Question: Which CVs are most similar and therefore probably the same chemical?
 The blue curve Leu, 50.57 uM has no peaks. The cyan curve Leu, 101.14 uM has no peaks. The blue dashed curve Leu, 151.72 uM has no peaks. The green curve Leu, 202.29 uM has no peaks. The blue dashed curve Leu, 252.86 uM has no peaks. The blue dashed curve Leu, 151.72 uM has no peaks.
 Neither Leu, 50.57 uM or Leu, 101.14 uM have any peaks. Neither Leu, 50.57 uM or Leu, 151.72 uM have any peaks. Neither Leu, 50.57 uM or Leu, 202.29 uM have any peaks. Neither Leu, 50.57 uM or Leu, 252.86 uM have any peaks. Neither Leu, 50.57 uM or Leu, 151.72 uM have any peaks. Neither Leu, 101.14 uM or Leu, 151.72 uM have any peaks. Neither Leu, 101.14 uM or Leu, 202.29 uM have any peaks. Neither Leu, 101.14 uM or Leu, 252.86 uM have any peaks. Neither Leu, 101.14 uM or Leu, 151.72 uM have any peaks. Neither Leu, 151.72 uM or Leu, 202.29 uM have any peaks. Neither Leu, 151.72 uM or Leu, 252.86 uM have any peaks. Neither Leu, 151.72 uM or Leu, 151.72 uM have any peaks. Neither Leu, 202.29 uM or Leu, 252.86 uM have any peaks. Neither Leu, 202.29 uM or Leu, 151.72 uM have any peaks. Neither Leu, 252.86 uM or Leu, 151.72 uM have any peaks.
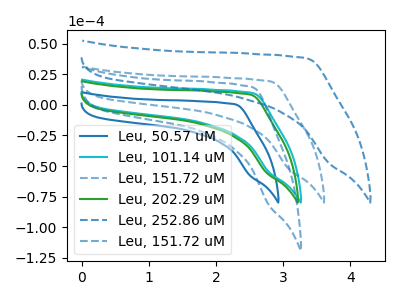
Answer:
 <answer>"Leu, 101.14 uM", "Leu, 50.57 uM", "Leu, 151.72 uM", "Leu, 202.29 uM", "Leu, 252.86 uM" and "Leu, 151.72 uM" have the same shape and are likely CV's of the same chemical.</answer>
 <eval>"Leu, 101.14 uM" "Leu, 50.57 uM" "Leu, 151.72 uM" "Leu, 202.29 uM" "Leu, 252.86 uM" "Leu, 151.72 uM"</eval>